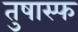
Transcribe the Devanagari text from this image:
तुषास्फ